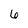
Character: 6